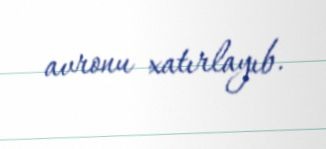
avronu xatırlayıb.